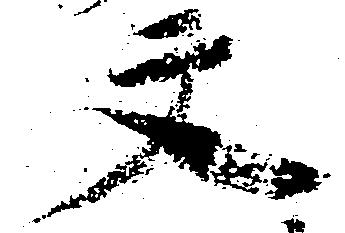
文